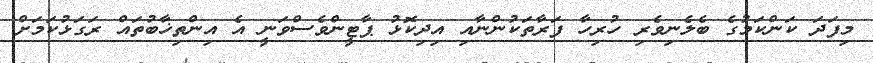
މިފަދަ ކަންކަމުގެ ބެލެނިވެރި ހުރިހާ ފަރާތަކުންނާއި އިދިކޮޅު ޕާޓީންވެސްވަނީ އެ އިންތިޚާބުތައް ރަގަޅުކަމަށް